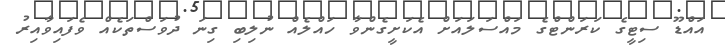
އައްޑޫ ސިޓީގެ ކަރަންޓްގެ މައްސަލައަށް އެކަށީގެންވާ ހައްލެއް ނުލިބި ގިނަ ދުވަސްތަކެއް ވެފައިވާއިރު